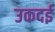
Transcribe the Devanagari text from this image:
उकदई